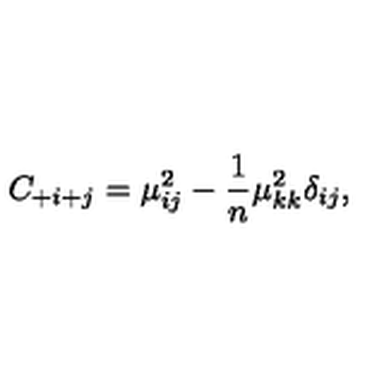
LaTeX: C _ { + i + j } = \mu _ { i j } ^ { 2 } - { \frac { 1 } { n } } \mu _ { k k } ^ { 2 } \delta _ { i j } ,